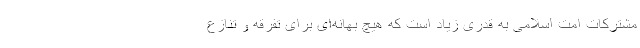
مشترکات امت اسلامی به قدری زیاد است که هیچ بهانه‌ای برای تفرقه و تنازع